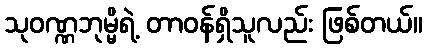
သုဝဏ္ဏဘုမ္မိရဲ့ တာဝန်ရှိသူလည်း ဖြစ်တယ်။